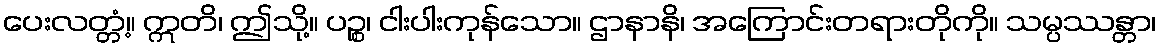
ပေးလတ္တံ့။ ဣတိ၊ ဤသို့။ ပဉ္စ၊ ငါးပါးကုန်သော။ ဌာနာနိ၊ အကြောင်းတရားတိုကို။ သမ္ပဿန္တာ၊